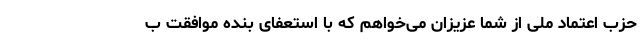
حزب اعتماد ملی از شما عزیزان می‌خواهم که با استعفای بنده موافقت ب